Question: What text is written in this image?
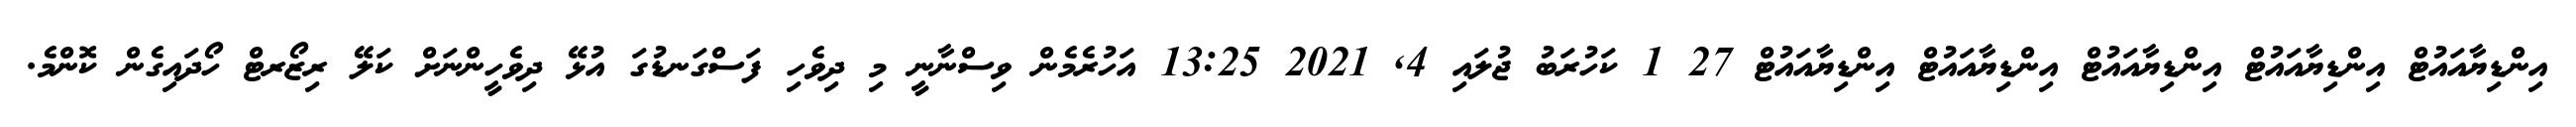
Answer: އިންޑިޔާއައުޓް އިންޑިޔާއައުޓް އިންޑިޔާއައުޓް އިންޑިޔާއައުޓް އިންޑިޔާއައުޓް 27 1 ކަހުރަބު ޖުލައި 4, 2021 13:25 އަހުރެމެން ވިސްނާނީ މި ދިވެހި ފަސްގަނޑުގަ އުޅޭ ދިވެހީންނަށް ކަލޭ ރިޒޯރޓް ހޯދައިގެން ކޮންމެ.